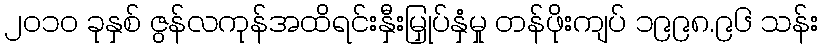
၂၀၁၀ ခုနှစ် ဇွန်လကုန်အထိရင်းနှီးမြှုပ်နှံမှု တန်ဖိုးကျပ် ၁၉၉၈.၉၆ သန်း